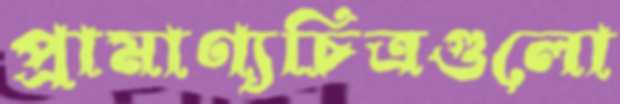
প্রামাণ্যচিত্রগুলো